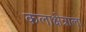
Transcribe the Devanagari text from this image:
कलाक्षेत्राला